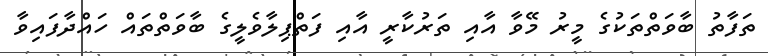
ތަފާތު ބާވަތްތަކުގެ މީރު މޭވާ އާއި ތަރުކާރީ އާއި ފަތްޕިލާވެލީގެ ބާވަތްތައް ހައްދާފައިވާ